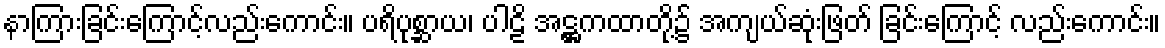
နာကြားခြင်းကြောင့်လည်းကောင်း။ ပရိပုစ္ဆာယ၊ ပါဠိ အဋ္ဌကထာတို့၌ အကျယ်ဆုံးဖြတ် ခြင်းကြောင့် လည်းကောင်း။